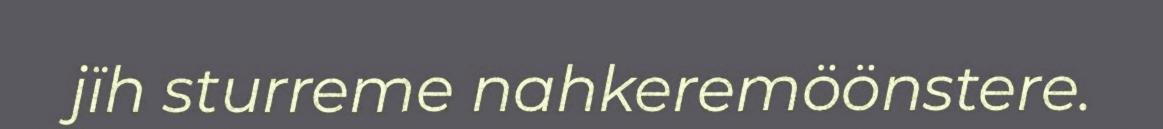
jïh sturreme nahkeremöönstere.